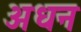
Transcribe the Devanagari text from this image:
अधन